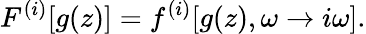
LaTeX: F^{(i)}[g(z)]=f^{(i)}[g(z),\omega\rightarrow i\omega].